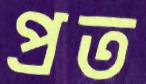
প্রত